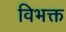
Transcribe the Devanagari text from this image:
विभक्त